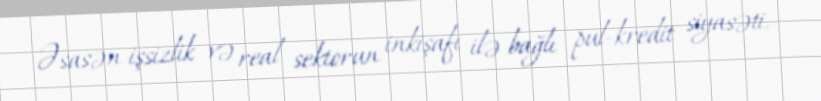
Əsasən işsizlik və real sektorun inkişafı ilə bağlı pul-kredit siyasəti,